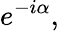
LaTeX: e^{-i\alpha},